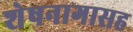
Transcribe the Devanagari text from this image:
शेषनागासह